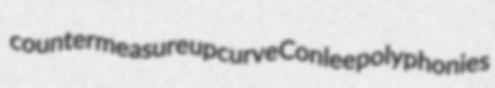
countermeasure upcurve Conlee polyphonies